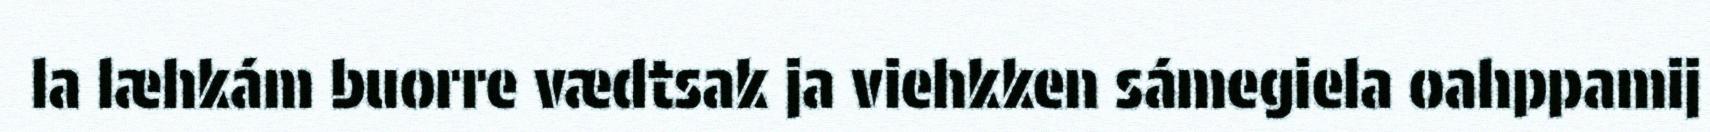
la læhkám buorre vædtsak ja viehkken sámegiela oahppamij